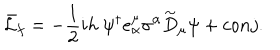
\bar { \cal L } _ { f } = - \frac { 1 } { 2 } i h ~ \psi ^ { \dagger } e _ { \alpha } ^ { \mu } \sigma ^ { \alpha } \stackrel { \sim } { D } _ { \mu } \psi + c o n j .